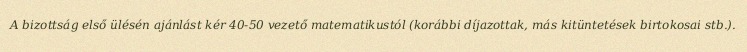
A bizottság első ülésén ajánlást kér 40-50 vezető matematikustól (korábbi díjazottak, más kitüntetések birtokosai stb.).